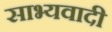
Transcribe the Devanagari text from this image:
साभ्यवादी